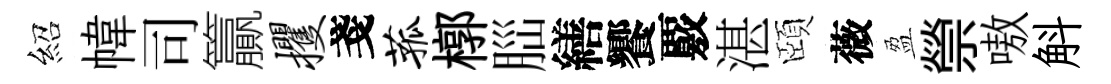
紹幃司籯攫戔菰槨𦛁繕饗覈湛頤薇盈禜嗷斛